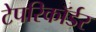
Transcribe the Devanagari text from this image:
टेपरिकॉर्डर